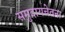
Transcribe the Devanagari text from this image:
समुदायचेतना